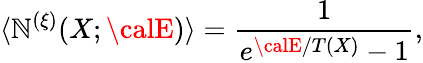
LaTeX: \langle\mathbb{N}^{(\xi)}(X;{\calE})\rangle=\frac{{1}}{{e^{{\calE}/T(X)}-1}},